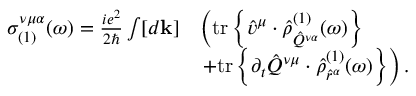
\begin{array} { r l } { \sigma _ { ( 1 ) } ^ { \nu \mu \alpha } ( \omega ) = \frac { i e ^ { 2 } } { 2 \hslash } \int [ d \mathbf { k } ] } & { \left( \mathrm { t r } \left\{ \hat { v } ^ { \mu } \cdot \hat { \rho } _ { \hat { Q } ^ { \nu \alpha } } ^ { ( 1 ) } ( \omega ) \right\} \right. } \\ & { \left. + \mathrm { t r } \left\{ \partial _ { t } \hat { Q } ^ { \nu \mu } \cdot \hat { \rho } _ { \hat { r } ^ { \alpha } } ^ { ( 1 ) } ( \omega ) \right\} \right) \mathrm { . } } \end{array}